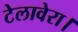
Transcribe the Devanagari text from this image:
टेलावेरा।